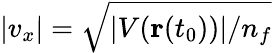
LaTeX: |v_{x}|=\sqrt{|V(\mathbf{r}(t_{0}))|/n_{f}}